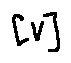
[ V ]